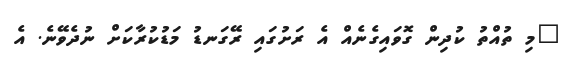
"މި ތުއްތު ކުދިން ގޮވައިގެނެއް އެ ރަށުގައި ރޭގަނޑު މަޑުކުރާކަށް ނުދެވޭނެ. އެ